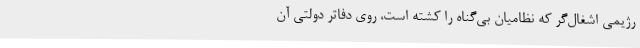
رژیمی اشغال‌گر که نظامیان بی‌گناه را کشته است، روی دفاتر دولتی آن